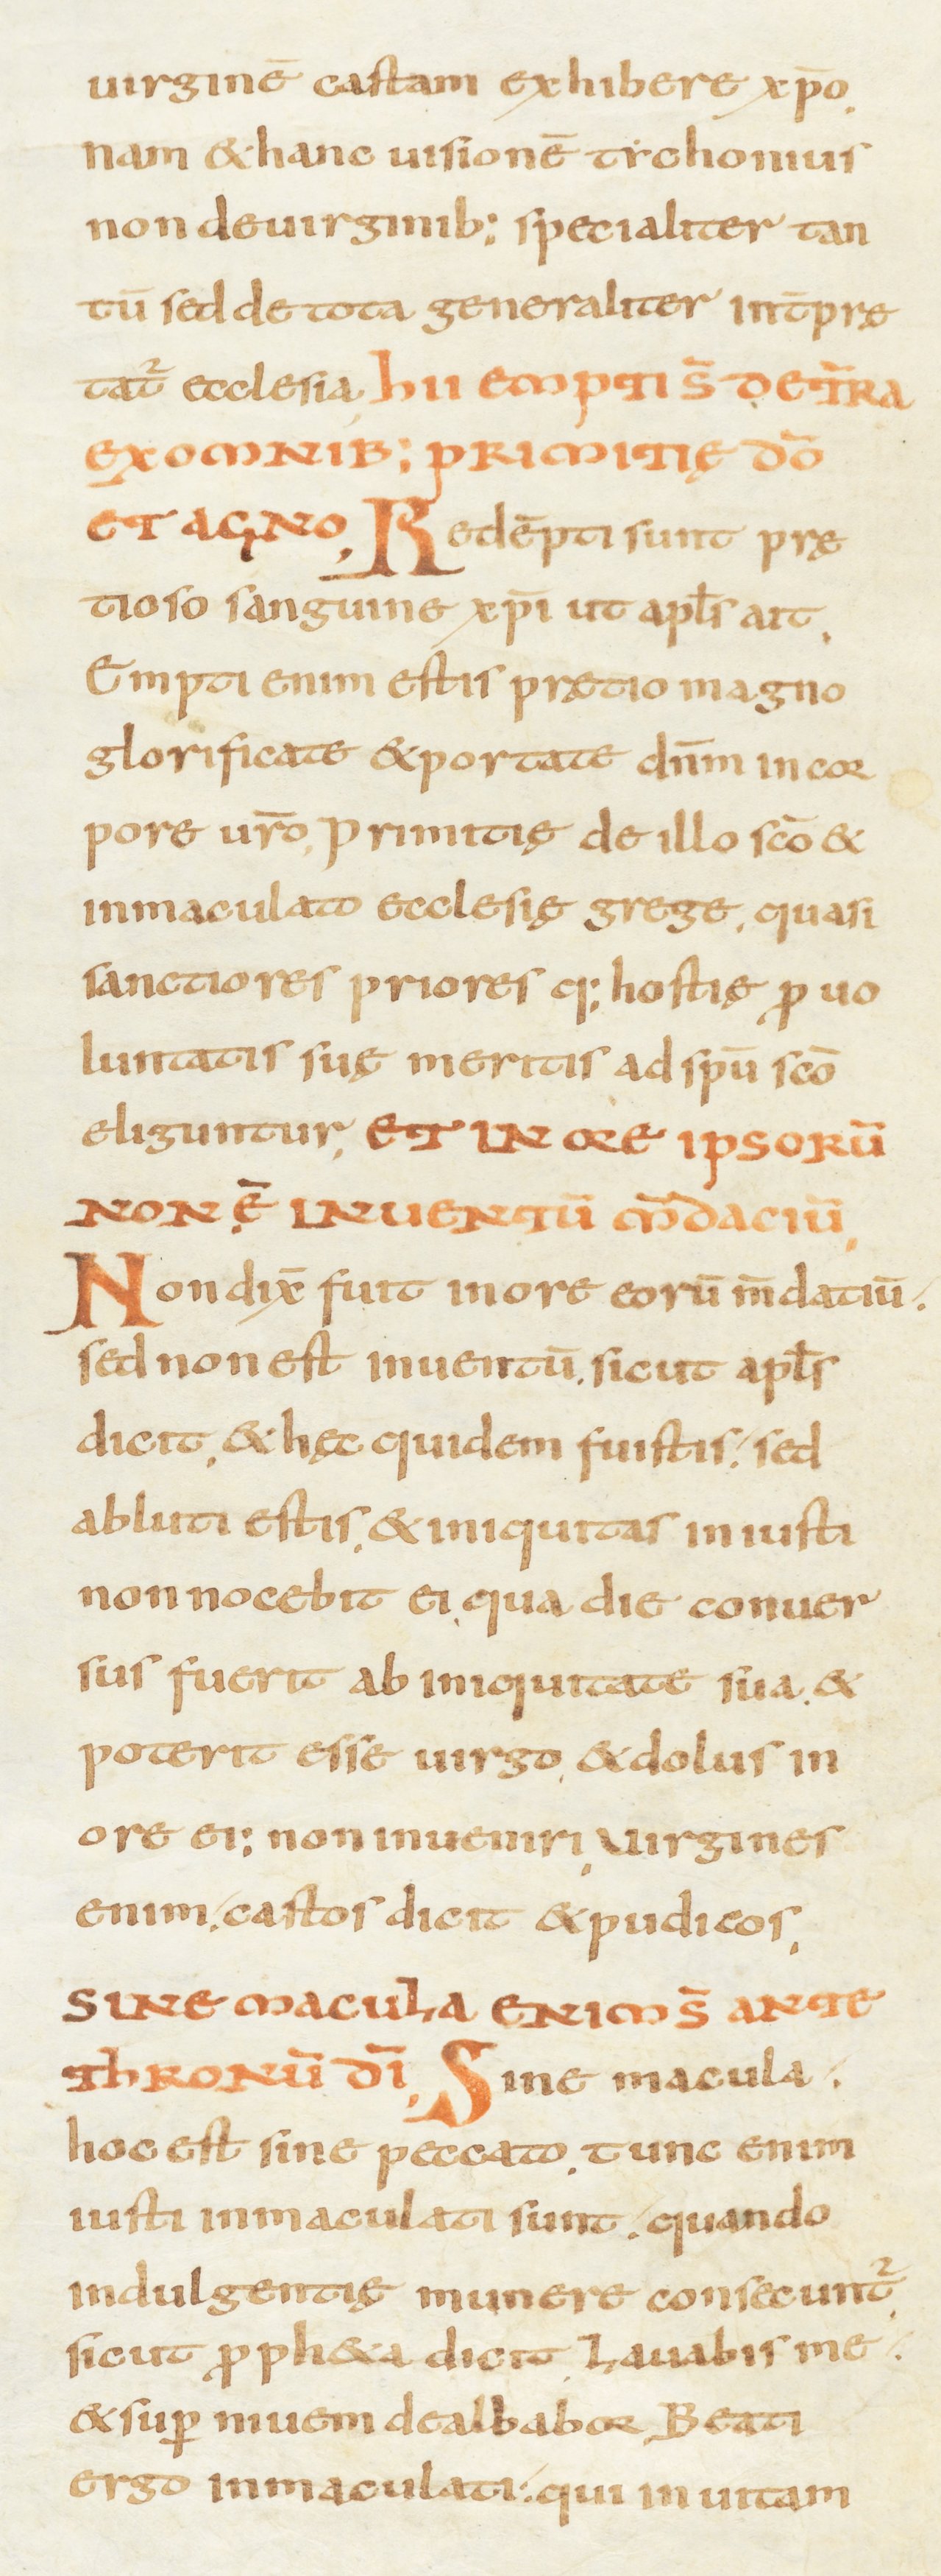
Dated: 800–899